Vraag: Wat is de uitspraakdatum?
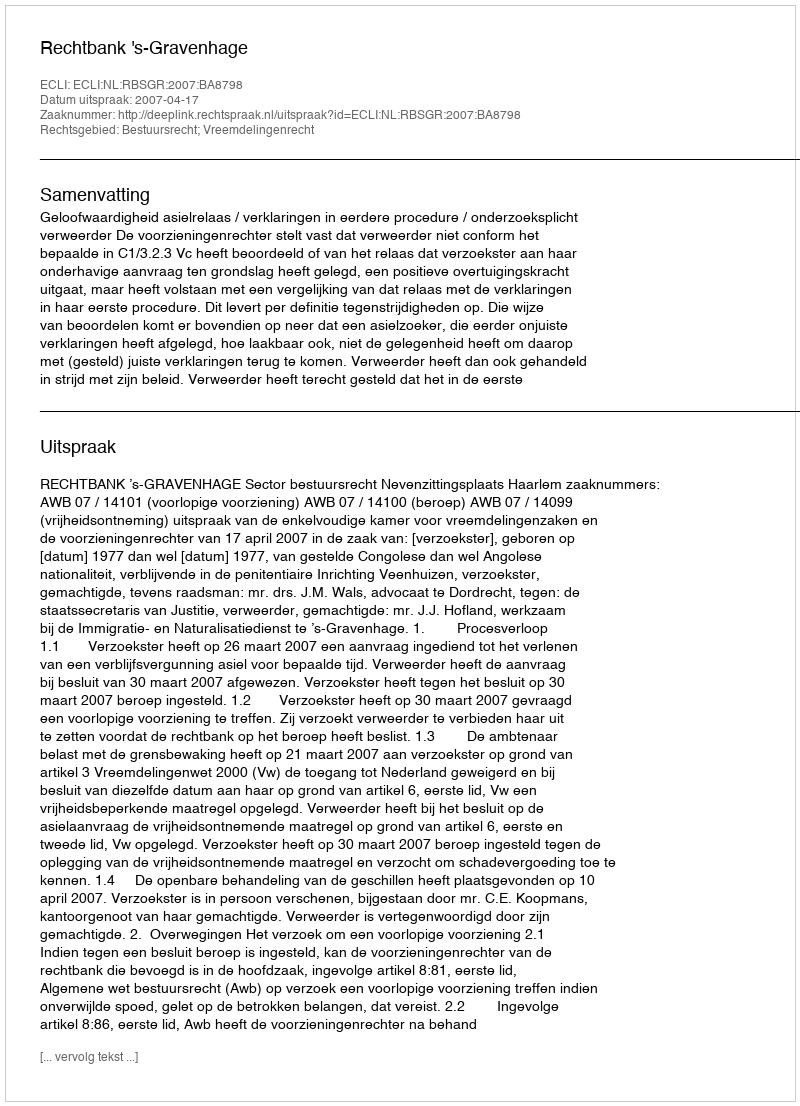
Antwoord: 2007-04-17